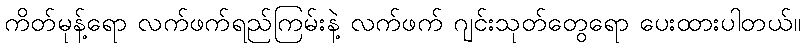
ကိတ်မုန့်ရော လက်ဖက်ရည်ကြမ်းနဲ့ လက်ဖက် ဂျင်းသုတ်တွေရော ပေးထားပါတယ်။